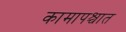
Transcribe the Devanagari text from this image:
कामापश्चात